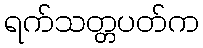
ရက်သတ္တပတ်က